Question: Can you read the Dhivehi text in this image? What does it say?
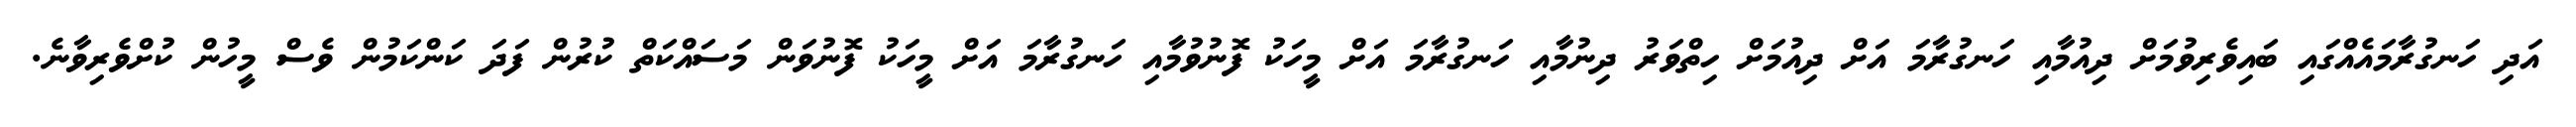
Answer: އަދި ހަނގުރާމައެއްގައި ބައިވެރިވުމަށް ދިއުމާއި ހަނގުރާމަ އަށް ދިއުމަށް ހިތްވަރު ދިނުމާއި ހަނގުރާމަ އަށް މީހަކު ފޮނުވުމާއި ހަނގުރާމަ އަށް މީހަކު ފޮނުވަން މަސައްކަތް ކުރުން ފަދަ ކަންކަމުން ވެސް މީހުން ކުށްވެރިވާނެ.